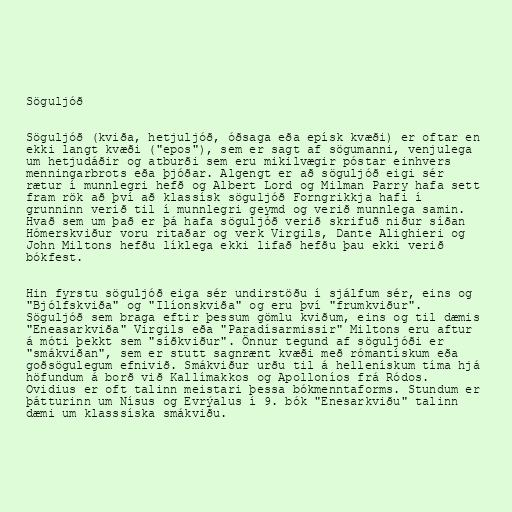
Söguljóð

Söguljóð (kviða, hetjuljóð, óðsaga eða epísk kvæði) er oftar en
ekki langt kvæði ("epos"), sem er sagt af sögumanni, venjulega
um hetjudáðir og atburði sem eru mikilvægir póstar einhvers
menningarbrots eða þjóðar. Algengt er að söguljóð eigi sér
rætur í munnlegri hefð og Albert Lord og Milman Parry hafa sett
fram rök að því að klassísk söguljóð Forngrikkja hafi í
grunninn verið til í munnlegri geymd og verið munnlega samin.
Hvað sem um það er þá hafa söguljóð verið skrifuð niður síðan
Hómerskviður voru ritaðar og verk Virgils, Dante Alighieri og
John Miltons hefðu líklega ekki lifað hefðu þau ekki verið
bókfest.

Hin fyrstu söguljóð eiga sér undirstöðu í sjálfum sér, eins og
"Bjólfskviða" og "Ilíonskviða" og eru því "frumkviður".
Söguljóð sem braga eftir þessum gömlu kviðum, eins og til dæmis
"Eneasarkviða" Virgils eða "Paradísarmissir" Miltons eru aftur
á móti þekkt sem "síðkviður". Önnur tegund af söguljóði er
"smákviðan", sem er stutt sagnrænt kvæði með rómantískum eða
goðsögulegum efnivið. Smákviður urðu til á hellenískum tíma hjá
höfundum á borð við Kallímakkos og Apolloníos frá Ródos.
Ovidius er oft talinn meistari þessa bókmenntaforms. Stundum er
þátturinn um Nísus og Evrýalus í 9. bók "Enesarkviðu" talinn
dæmi um klasssíska smákviðu.